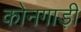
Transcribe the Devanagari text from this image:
कोनगाड़ी